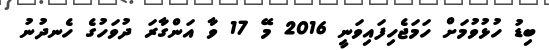
ބިޑު ހުޅުވުމަށް ހަމަޖެހިފައިވަނީ 2016 މޭ 17 ވާ އަންގާރަ ދުވަހުގެ ހެނދުނު